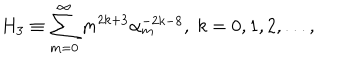
H _ { 3 } \equiv \sum _ { m = 0 } ^ { \infty } m ^ { 2 k + 3 } \alpha _ { m } ^ { - 2 k - 8 } , \; k = 0 , 1 , 2 , . . . ,